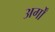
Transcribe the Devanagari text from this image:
अर्गों